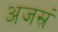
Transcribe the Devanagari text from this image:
अजस्रं